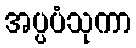
အပ္ပပံသုကာ